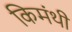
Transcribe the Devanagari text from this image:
किमंथी